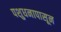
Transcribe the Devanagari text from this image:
पशुधनापासून